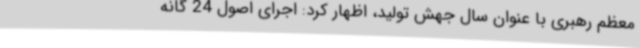
معظم رهبری با عنوان سال جهش تولید، اظهار کرد: اجرای اصول 24 گانه